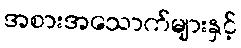
အစားအသောက်များနှင့်